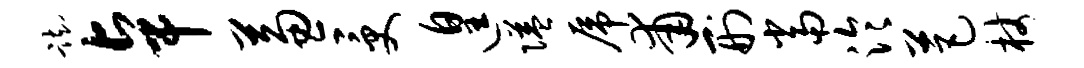
踟卓兼受遑隘虎甫刑当泠芭杖